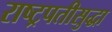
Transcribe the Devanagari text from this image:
राष्ट्रपतीसुद्धा